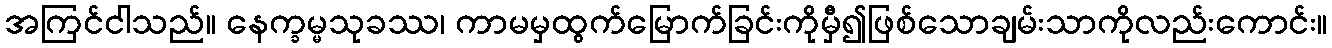
အကြင်ငါသည်။ နေက္ခမ္မသုခဿ၊ ကာမမှထွက်မြောက်ခြင်းကိုမှီ၍ဖြစ်သောချမ်းသာကိုလည်းကောင်း။